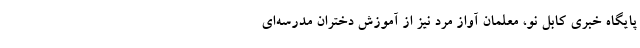
پایگاه خبری کابل نو، معلمان آواز مرد نیز از آموزش دختران مدرسه‌ای